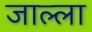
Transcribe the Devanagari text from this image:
जाल्ला